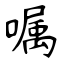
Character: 嘱